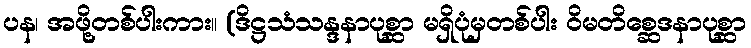
ပန၊ အဖို့တစ်ပါးကား။ (ဒိဋ္ဌသံသန္ဒနာပုစ္ဆာ မရှိပုံမှတစ်ပါး ဝိမတိစ္ဆေဒနာပုစ္ဆာ